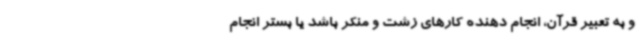
و به تعبیر قرآن، انجام دهنده کارهای زشت و منکر باشد یا بستر انجام